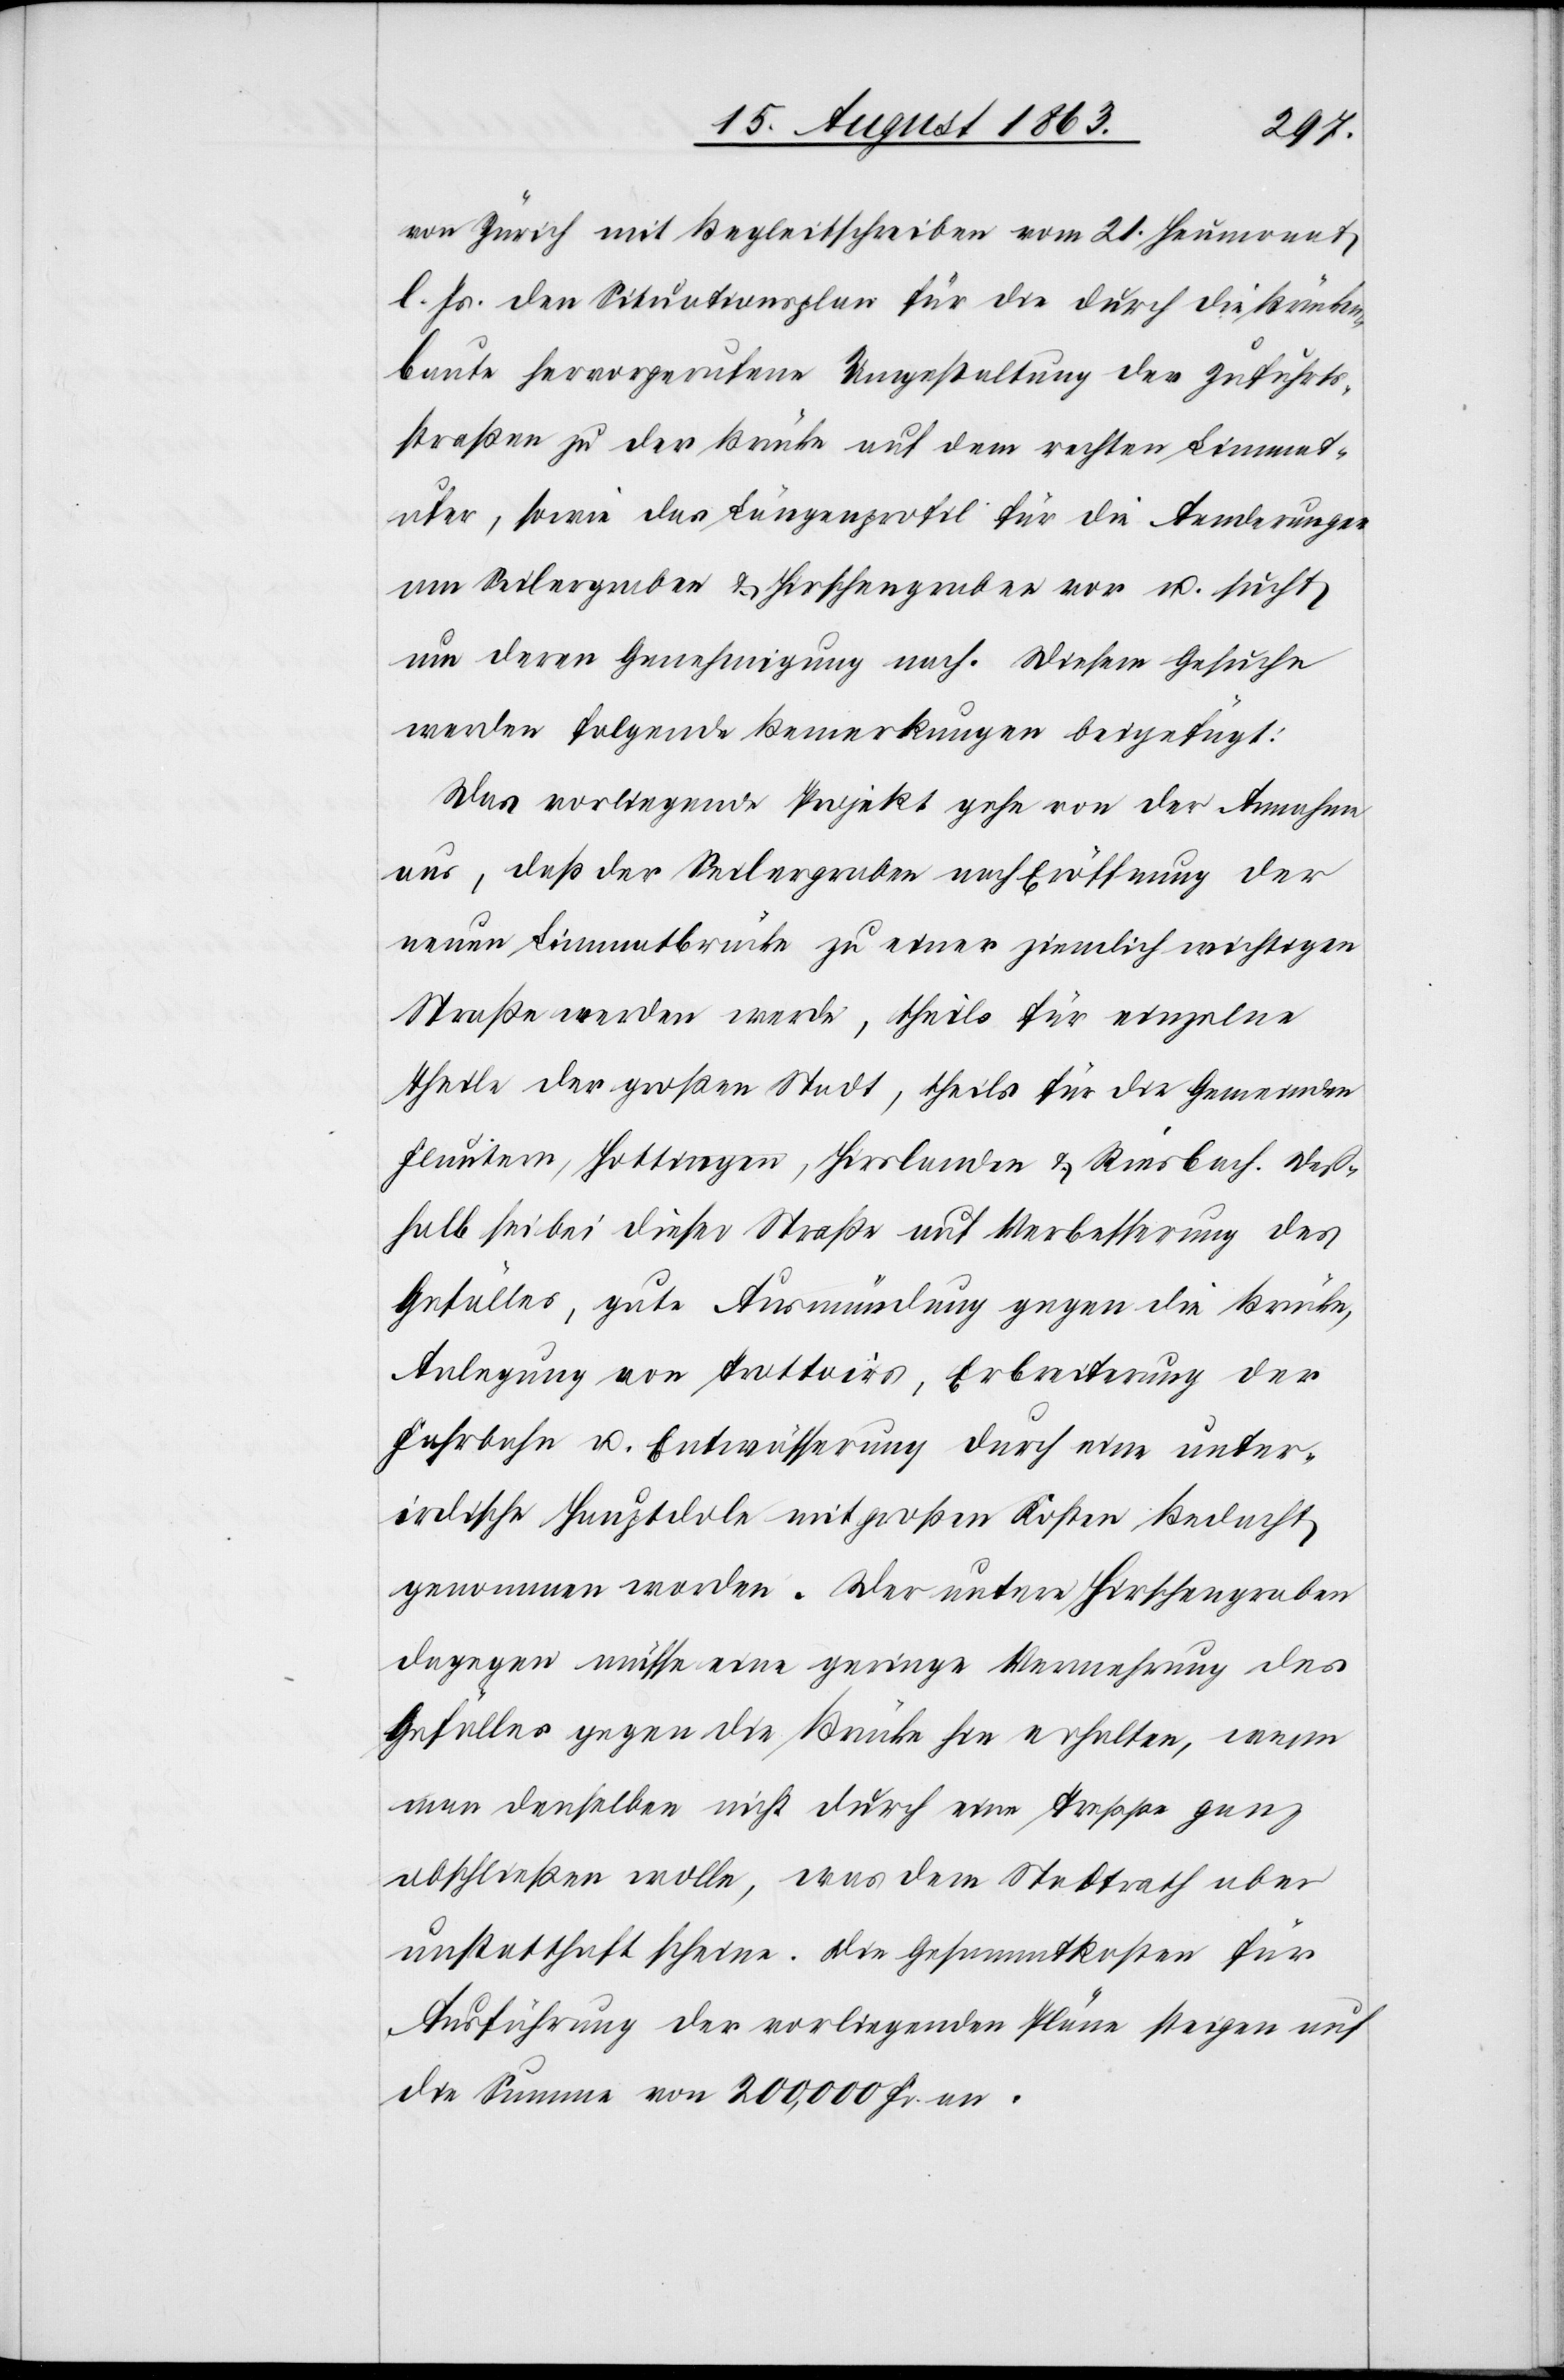
von Zürich mit Begleitschreiben vom 21. Heumonat
l. Js. den Situationsplan für die durch die Brücken¬
baute hervorgerufene Umgestaltung der Zufahrts¬
straßen zu der Brücke auf dem rechten Limmat¬
ufer, sowie das Längenprofil für die Aenderungen
am Seilergraben & Hirschengraben vor u. sucht
um deren Genehmigung nach. Diesem Gesuche
werden folgende Bemerkungen beigefügt:
Das vorliegende Projekt gehe von der Annahme
aus, daß der Seilergraben nach Eröffnung der
neuen Limmatbrücke zu einer ziemlich wichtigen
Straße werden werde, theils für einzelne
Theile der großen Stadt, theils für die Gemeinden
Fluntern, Hottingen, Hirslanden & Riesbach. Deß¬
halb sei bei dieser Straße auf Verbesserung des
Gefälles, gute Ausmündung gegen die Brücke,
Anlegung von Trottoirs, Erbreiterung der
Fahrbahn u. Entwässerung durch eine unter¬
irdische Hauptdole mit großen Kosten Bedacht
genommen worden. Der untere Hirschengraben
dagegen müsse eine geringe Vermehrung des
Gefälles gegen die Brücke hin erhalten, wenn
man denselben nicht durch eine Treppe ganz
abschließen wolle, was dem Stadtrath aber
unstatthaft scheine. Die Gesammtkosten für
Ausführung der vorliegenden Pläne steigen auf
die Summe von 200,000 Fr. an.